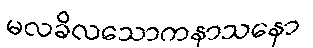
မလခိလသောကနာသနော